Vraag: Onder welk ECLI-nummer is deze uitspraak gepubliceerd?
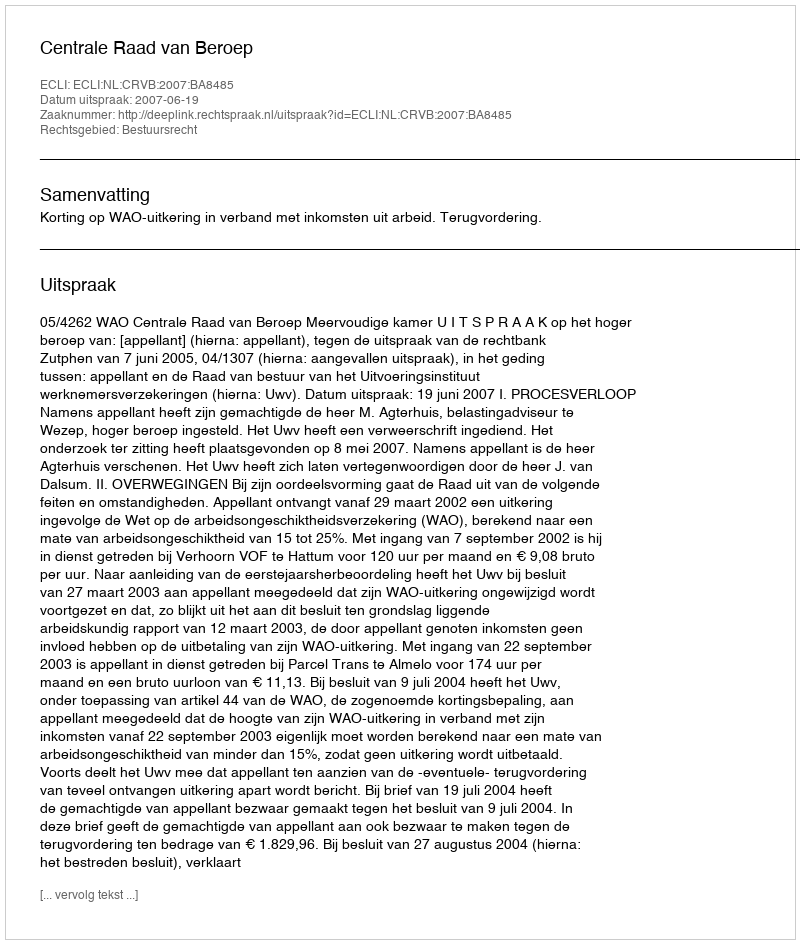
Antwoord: ECLI:NL:CRVB:2007:BA8485